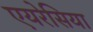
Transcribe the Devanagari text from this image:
एयरेसिया